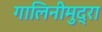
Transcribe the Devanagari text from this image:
गालिनीमुद्रा